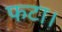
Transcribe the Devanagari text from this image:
फटा।